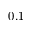
0 . 1